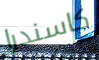
كاسندرا